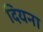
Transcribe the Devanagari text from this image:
दियना